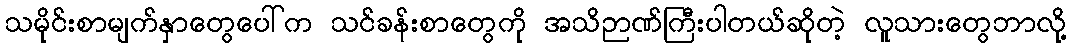
သမိုင်းစာမျက်နှာတွေပေါ်က သင်ခန်းစာတွေကို အသိဉာဏ်ကြီးပါတယ်ဆိုတဲ့ လူသားတွေဘာလို့